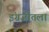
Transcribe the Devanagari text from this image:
इंग्रजीतला